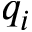
q _ { i }